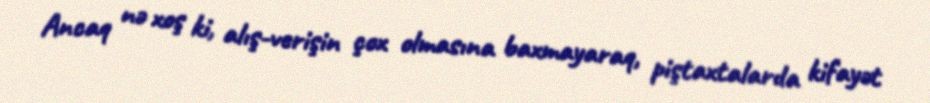
Ancaq nə xoş ki, alış-verişin çox olmasına baxmayaraq, piştaxtalarda kifayət